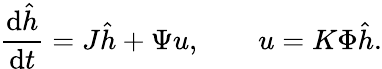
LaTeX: \frac{\mathop{}\! \mathrm{d}\hat{h}}{\mathop{}\! \mathrm{d}t}=J\hat{h}+\Psi u,\qquad u=K\Phi\hat{h}.